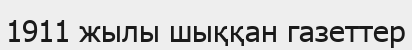
1911 жылы шыққан газеттер